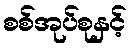
စစ်အုပ်စုနှင့်